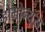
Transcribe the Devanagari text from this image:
होमोन्यूरा